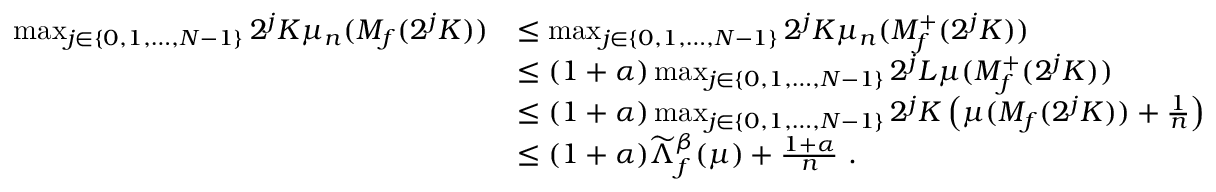
\begin{array} { r l } { \operatorname* { m a x } _ { j \in \{ 0 , 1 , \dots , N - 1 \} } 2 ^ { j } K \mu _ { n } ( M _ { f } ( 2 ^ { j } K ) ) } & { \leq \operatorname* { m a x } _ { j \in \{ 0 , 1 , \dots , N - 1 \} } 2 ^ { j } K \mu _ { n } ( M _ { f } ^ { + } ( 2 ^ { j } K ) ) } \\ & { \leq ( 1 + \alpha ) \operatorname* { m a x } _ { j \in \{ 0 , 1 , \dots , N - 1 \} } 2 ^ { j } L \mu ( M _ { f } ^ { + } ( 2 ^ { j } K ) ) } \\ & { \leq ( 1 + \alpha ) \operatorname* { m a x } _ { j \in \{ 0 , 1 , \dots , N - 1 \} } 2 ^ { j } K \left( \mu ( M _ { f } ( 2 ^ { j } K ) ) + \frac { 1 } { n } \right) } \\ & { \leq ( 1 + \alpha ) \widetilde { \Lambda } _ { f } ^ { \beta } ( \mu ) + \frac { 1 + \alpha } { n } ~ . } \end{array}